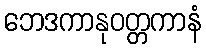
ဘေဒကာနုဝတ္တကာနံ